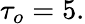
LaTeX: \tau_{o}=5.